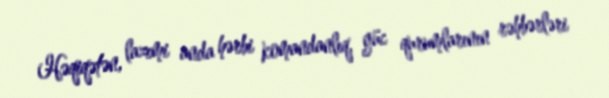
Həqiqətən, lazımi anda hərbi komandanlıq, güc qurumlarının rəhbərləri